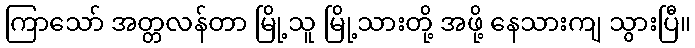
ကြာသော် အတ္တလန်တာ မြို့သူ မြို့သားတို့ အဖို့ နေသားကျ သွားပြီ။